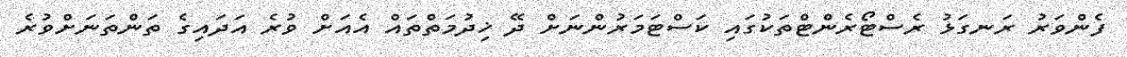
ފެންވަރު ރަނގަޅު ރެސްޓޯރެންޓްތަކުގައި ކަސްޓަމަރުންނަށް ދޭ ޚިދުމަތްތައް އެއަށް ވުރެ އަދައިގެ ތަންތަނަށްވުރެ